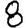
Digit: 8